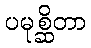
ပမုစ္ဆိတာ